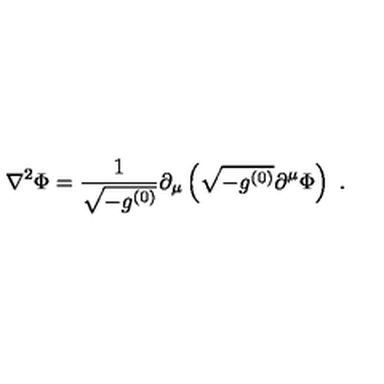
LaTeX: \nabla ^ { 2 } \Phi = \frac { 1 } { \sqrt { - g ^ { ( 0 ) } } } \partial _ { \mu } \left( \sqrt { - g ^ { ( 0 ) } } \partial ^ { \mu } \Phi \right) \ .